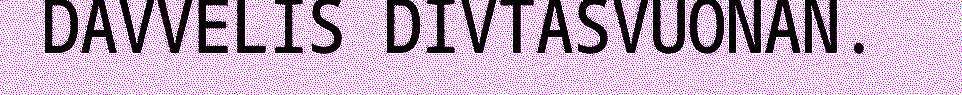
DAVVELIS DIVTASVUONAN.